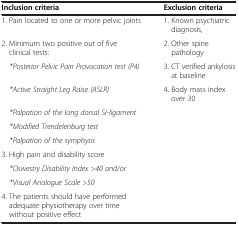
| Inclusion criteria | Exclusion criteria |
 | --- | --- |
 | 1. Pain located to one or more pelvic joints | 1. Known psychiatric diagnosis, |
 | 2. Minimum two positive out of five clinical tests: | 2. Other spine pathology |
 | *Posterior Pelvic Pain Provocation test (P4) | 3. CT verified ankylosis at baseline |
 | *Active Straight Leg Raise (ASLR) | 4. Body mass index over 30 |
 | *Palpation of the long dorsal SI-ligament |  |
 | *Modified Trendelenburg test |  |
 | *Palpation of the symphysis |  |
 | 3. High pain and disability score |  |
 | *Oswestry Disability Index >40 and/or |  |
 | *Visual Analogue Scale >50 |  |
 | 4. The patients should have performed adequate physiotherapy over time without positive effect |  |